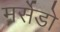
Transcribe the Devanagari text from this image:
मर्सेडो